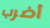
أضرب